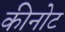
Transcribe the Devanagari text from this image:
कीनोट